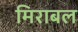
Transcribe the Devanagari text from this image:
मिराबल